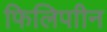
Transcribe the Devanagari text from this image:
फिलिपाीन